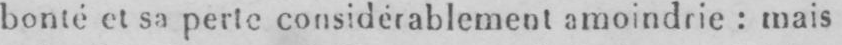
bonté et sa perte considérablement: amoindrie: mais